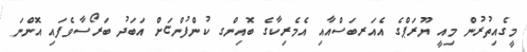
މީގެއިތުރުން މިއީ ޔޫރަޕްގެ އެއަރބަސްއާއި އެމެރިކާގެ ބޮއިންގ ކުންފުންޏަށް އަބަދު ބަރޯސާވެފައި އޮންނަ